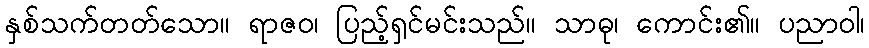
နှစ်သက်တတ်သော။ ရာဇဝ၊ ပြည့်ရှင်မင်းသည်။ သာဓု၊ ကောင်း၏။ ပညာဝါ၊